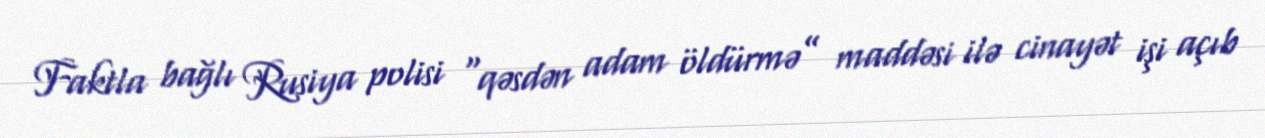
Faktla bağlı Rusiya polisi “qəsdən adam öldürmə” maddəsi ilə cinayət işi açıb